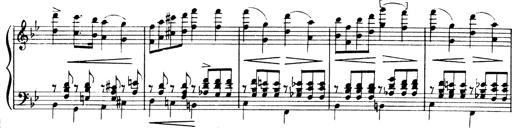
Title: Andante Finale und Marsch aus der Oper KÃ¶nig Alfred
Composer: Franz Liszt